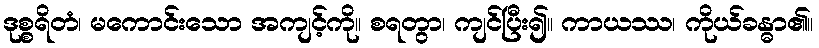
ဒုစ္စရိတံ၊ မကောင်းသော အကျင့်ကို။ စရတွာ၊ ကျင်ပြီး၍။ ကာယဿ၊ ကိုယ်ခန္ဓာ၏။